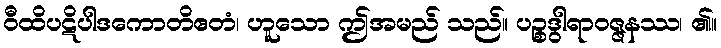
ဝီထိပဋိပါဒကောတိဧတံ၊ ဟူသော ဤအမည် သည်။ ပဉ္စဒွါရာဝဇ္ဇနဿ၊ ၏။